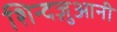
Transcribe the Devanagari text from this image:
शिन्दज़ुआनी